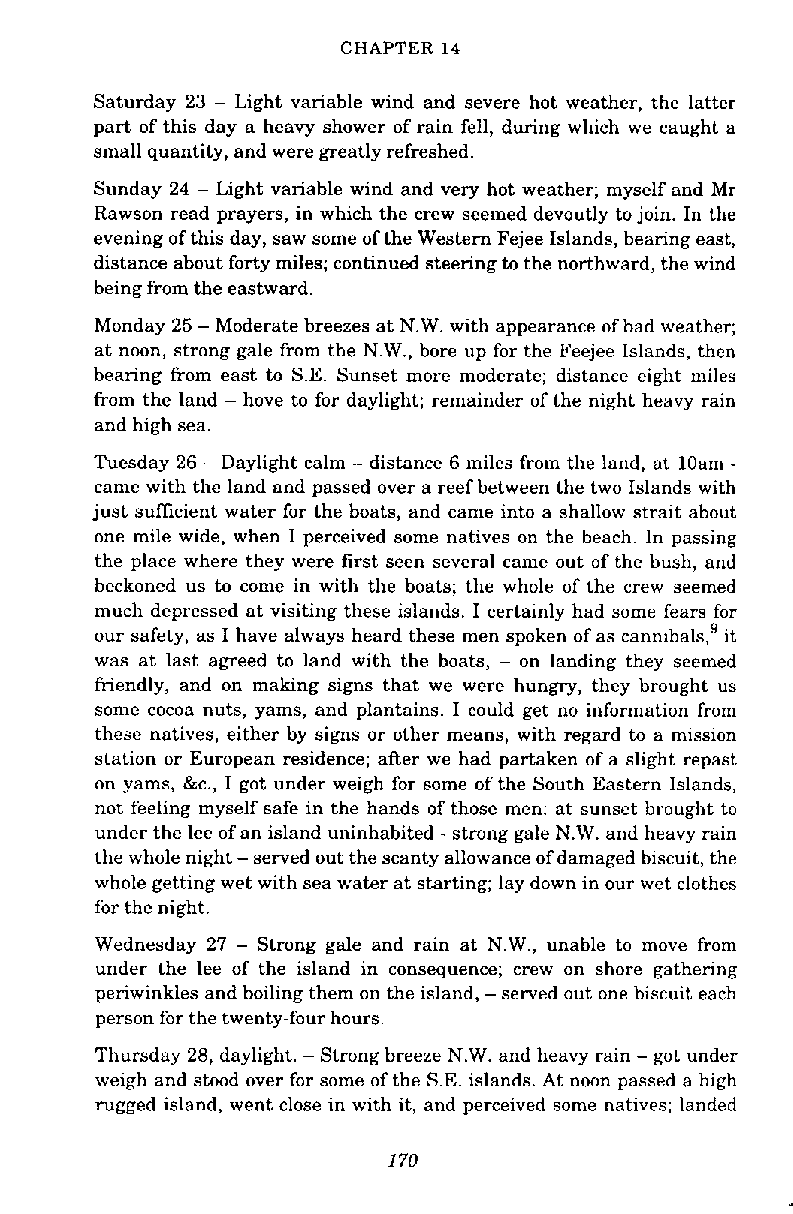
CHAPTER 14
 Saturday 23 - Light variable wind and severe hot weather, the latter
 part of this day a heavy shower of rain fell, during which we caught a
 small quantity, and were greatly refreshed.
 Sunday 24 - Light variable wind and very hot weather; myself and Mr
 Rawson read prayers, in which the crew seemed devoutly to join. In the
 evening of this day, saw some of the Western Fejee Islands, bearing east,
 distance about forty miles; continued steering to the northward, the wind
 being from the eastward.
 Monday 25 - Moderate breezes at N.W. with appearance of bad weather;
 at noon, strong gale from the N.W., bore up for the Feejee Islands, then
 bearing from east to S.E. Sunset more moderate; distance eight miles
 from the land - hove to for daylight; remainder of the night heavy rain
 and high sea.
 Tuesday 26 - Daylight calm - distance 6 miles from the land, at loam -
 came with the land and passed over a reef between the two Islands with
 just sufficient water for the boats, and came into a shallow strait about
 one mile wide, when I perceived some natives on the beach. In passing
 the place where they were first seen several came out of the bush, and
 beckoned us to come in with the boats; the whole of the crew seemed
 much depressed at visiting these islands. I certainly had some fears for
 our safety, as I have always heard these men spoken of as cannibals,' it
 was at last agreed to land with the boats, - on landing they seemed
 friendly, and on making signs that we were hungry, they brought us
 some cocoa nuts, yams, and plantains. I could get no information from
 these natives, either by signs or other means, with regard to a mission
 station or European residence; after we had partaken of a slight repast
 on yams, &c., I got under weigh for some of the South Eastern Islands,
 not feeling myself safe in the hands of those men: at sunset brought to
 under the lee of an island uninhabited - strong gale N.W. and heavy rain
 the whole night - served out the scanty allowance of damaged biscuit, the
 whole getting wet with sea water at starting; lay down in our wet clothes
 for the night.
 Wednesday 27 - Strong gale and rain at N.W., unable to move from
 under the lee of the island in consequence; crew on shore gathering
 periwinkles and boiling them on the island, -served out one biscuit each
 person for the twenty-four hours.
 Thursday 28, daylight. Strong breeze N.W. and heavy rain - got under
 -
 weigh and stood over for some of the S.E. islands. At noon passed a high
 rugged island, went close in with it, and perceived some natives; landed